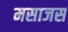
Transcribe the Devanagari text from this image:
मसाजस